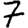
Digit: 7